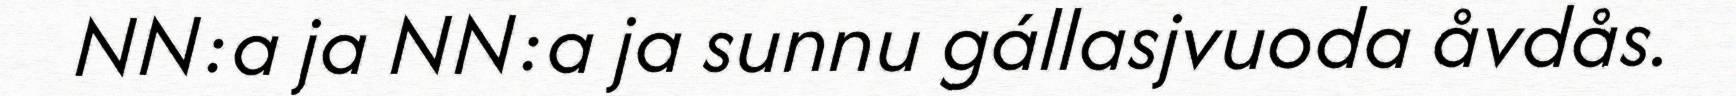
NN:a ja NN:a ja sunnu gállasjvuoda åvdås.